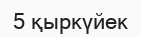
5 қыркүйек